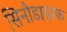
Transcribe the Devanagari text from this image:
सिनौडाग्राफ